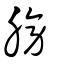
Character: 膀